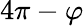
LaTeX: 4\pi-\varphi